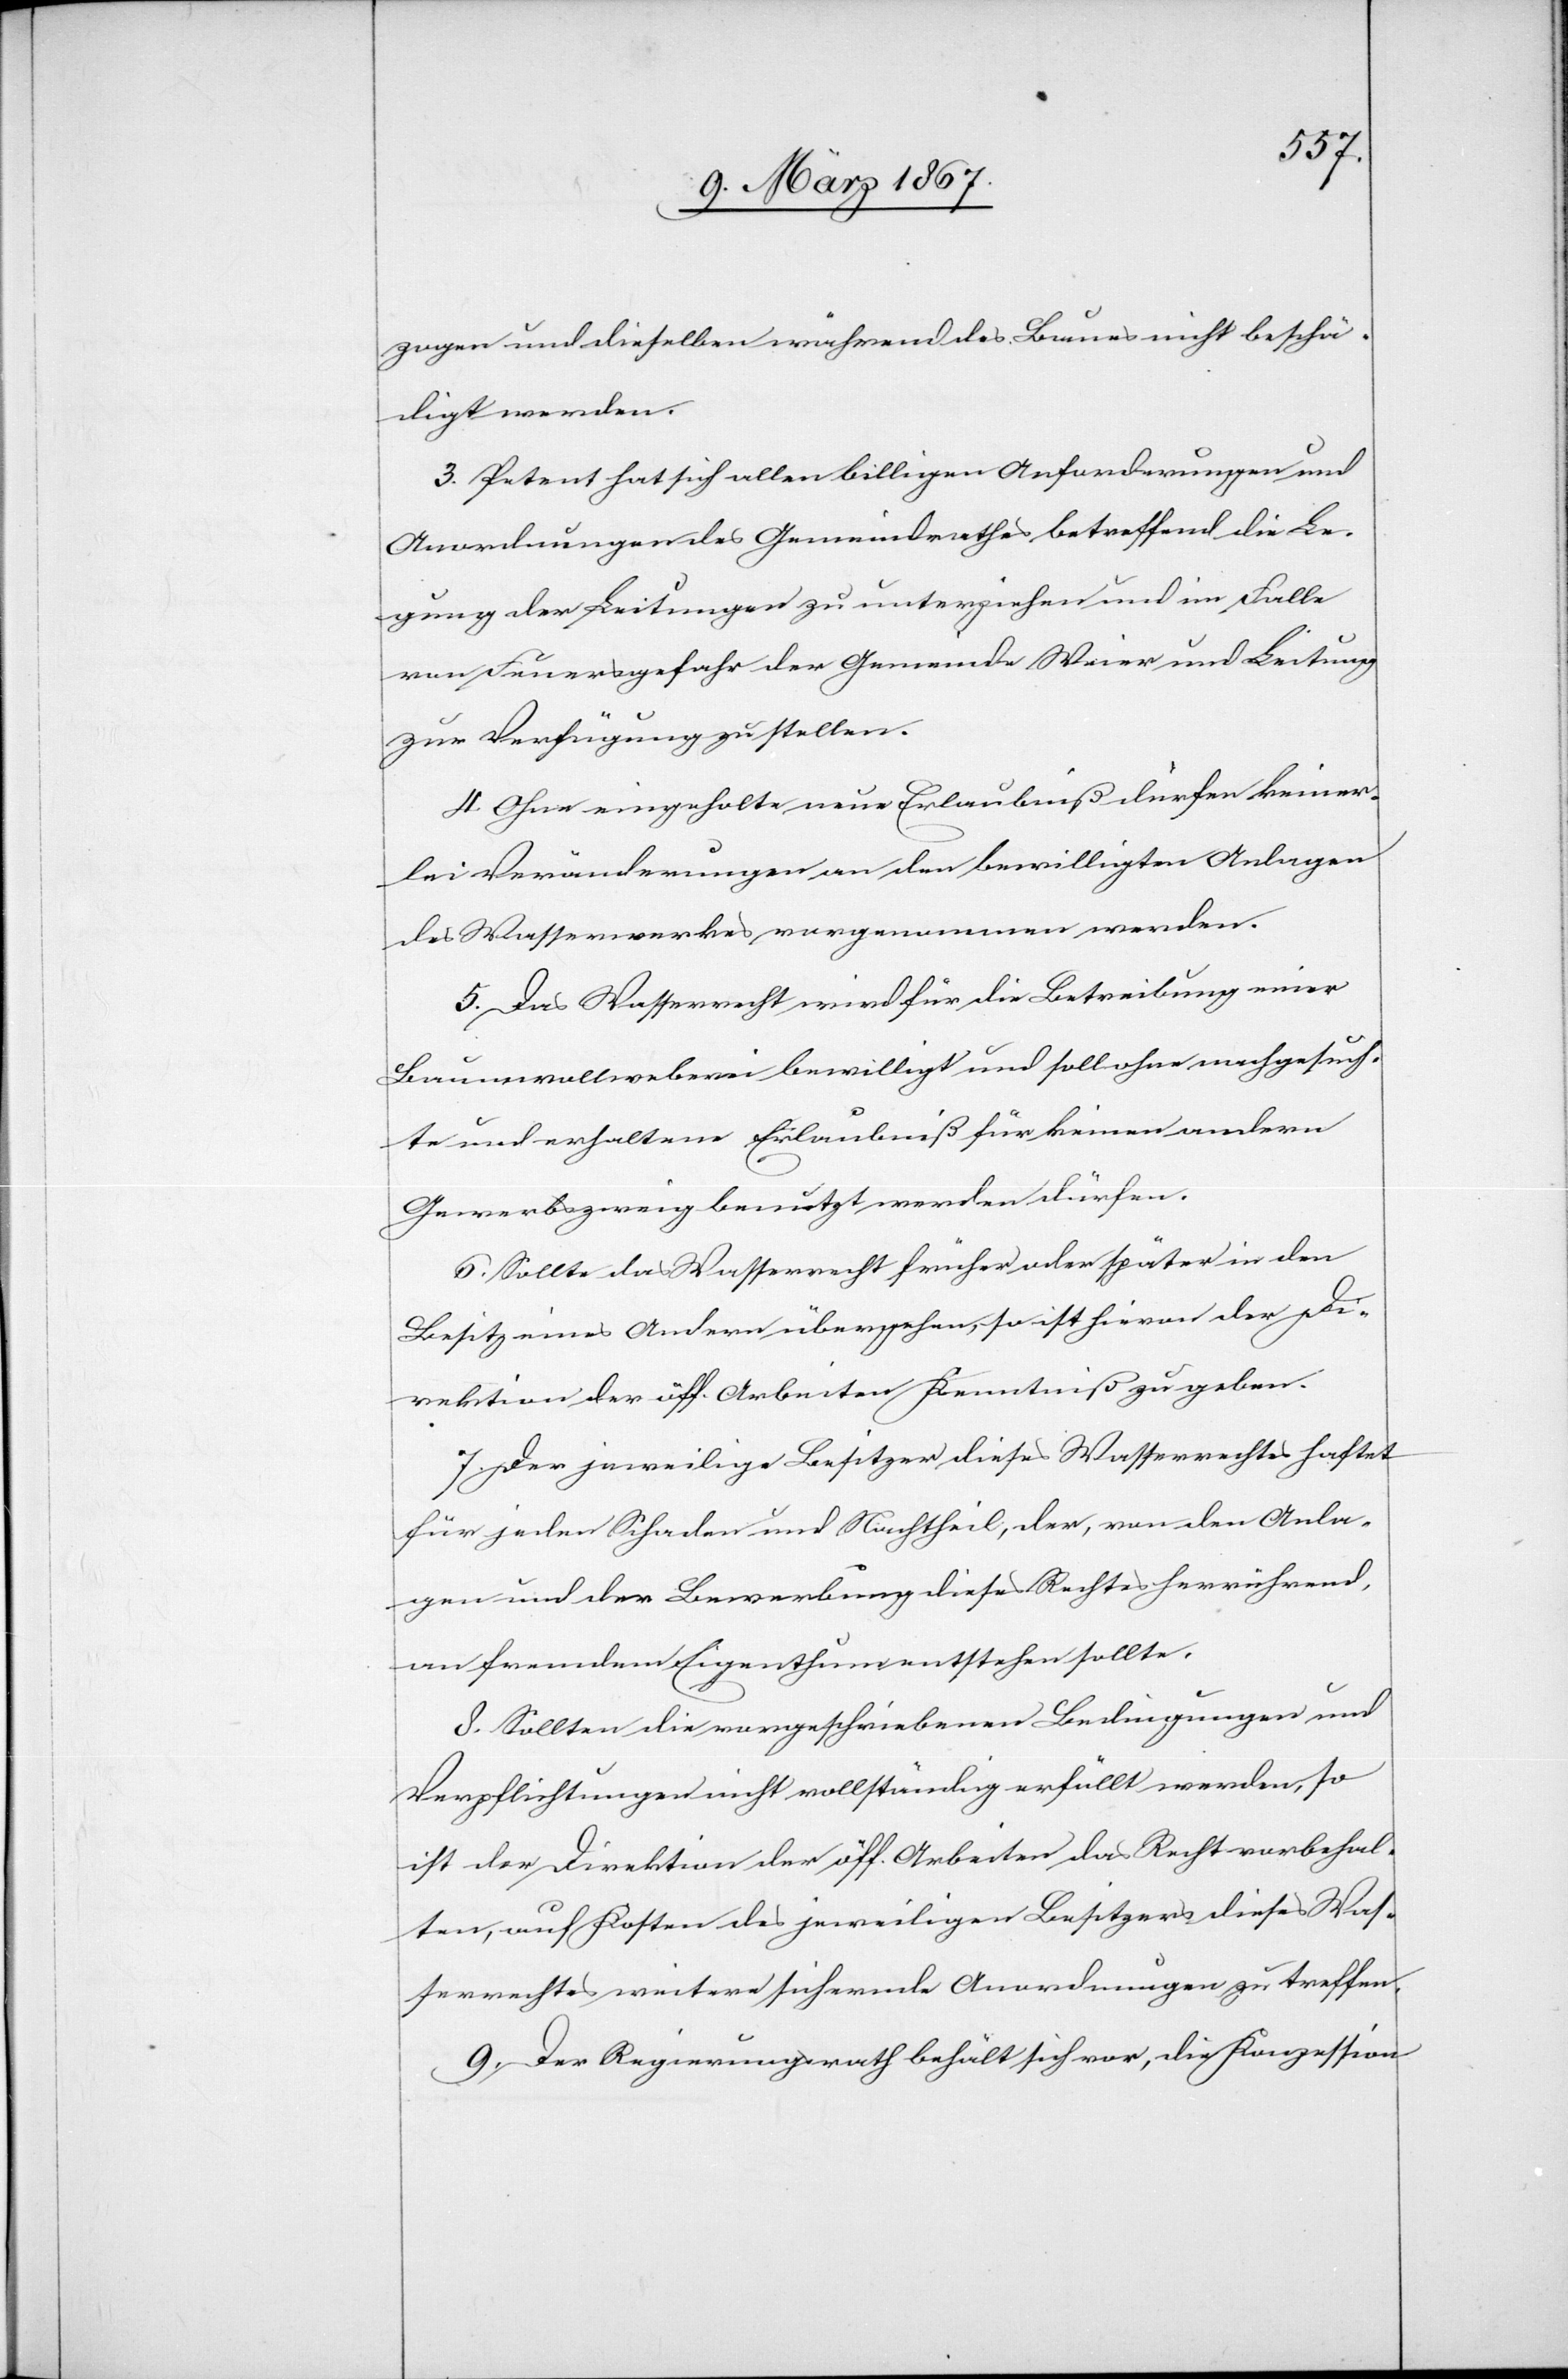
zogen und dieselben während des Baues nicht beschä¬
digt werden.
3. Petent hat sich allen billigen Anforderungen und
Anordnungen des Gemeindrathes betreffend die Le¬
gung der Leitungen zu unterziehen und im Falle
von Feuersgefahr der Gemeinde Weier und Leitung
zur Verfügung zu stellen.
4. Ohne eingeholte neue Erlaubniß dürfen keiner¬
lei Veränderungen an den bewilligten Anlagen
des Wasserwerkes vorgenommen werden.
5. Das Wasserrecht wird für die Betreibung einer
Baumwollweberei bewilligt und soll ohne nachgesuch¬
te und erhaltene Erlaubniß für keinen andern
Gewerbszweig benutzt werden dürfen.
6. Sollte das Wasserrecht früher oder später in den
Besitz eines Andern übergehen, so ist hievon der Di¬
rektion der öff. Arbeiten Kenntniß zu geben.
7. Der jeweilige Besitzer dieses Wasserrechtes haftet
für jeden Schaden und Nachtheil, der, von den Anla¬
gen und der Bewerbung dieses Rechtes herrührend,
an fremdem Eigenthum entstehen sollte.
8. Sollten die vorgeschriebenen Bedingungen und
Verpflichtungen nicht vollständig erfüllt werden, so
ist der Direktion der öff. Arbeiten das Recht vorbehal¬
ten, auf Kosten des jeweiligen Besitzers dieses Was¬
serrechtes weitere sichernde Anordnungen zu treffen.
9. Der Regierungsrath behält sich vor, die Konzession